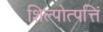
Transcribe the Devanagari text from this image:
शिल्पोत्पत्तिं